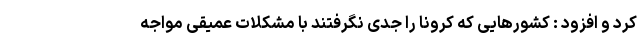
کرد و افزود : کشورهایی که کرونا را جدی نگرفتند با مشکلات عمیقی مواجه